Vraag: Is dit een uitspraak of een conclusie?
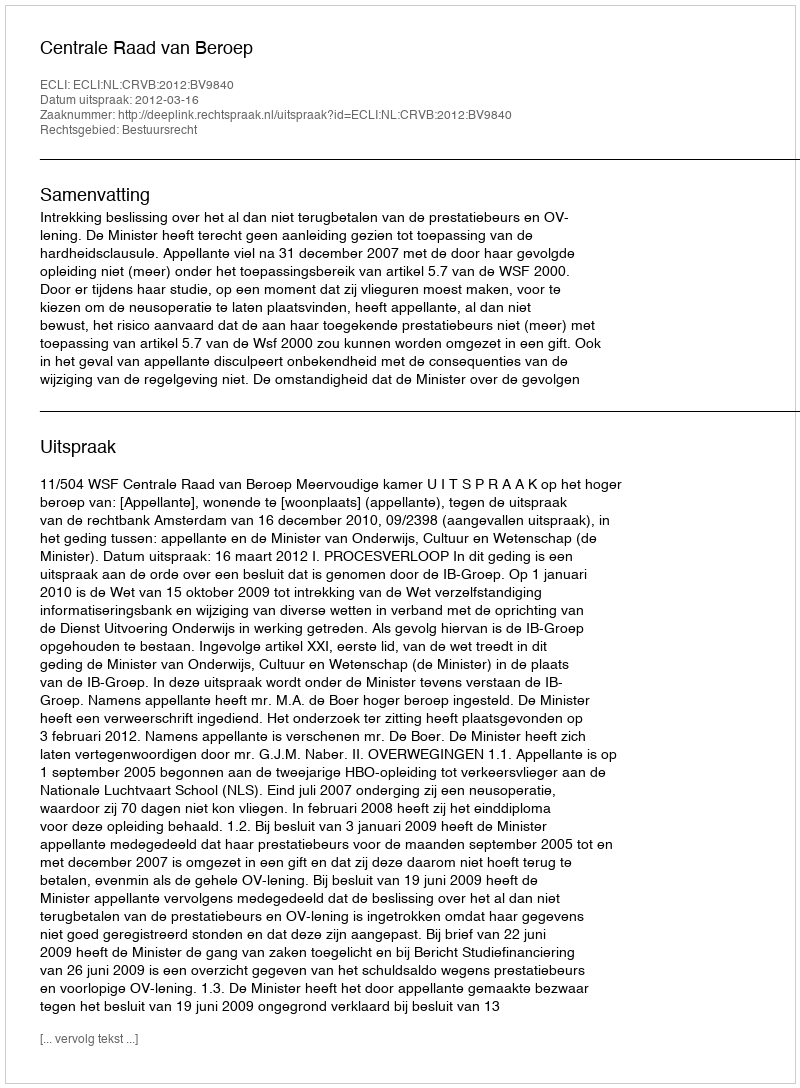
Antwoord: Uitspraak